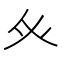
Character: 𭼽